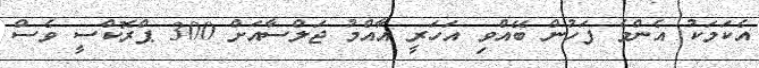
އެކަމަކު އެންމެ ފަހުން ބޭއްވި އަހަރީ އާއްމު ޖަލްސާއަށް 300 ޕްރޮކްސީ ވެސް